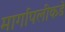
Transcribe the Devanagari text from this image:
मार्गापलीकडे